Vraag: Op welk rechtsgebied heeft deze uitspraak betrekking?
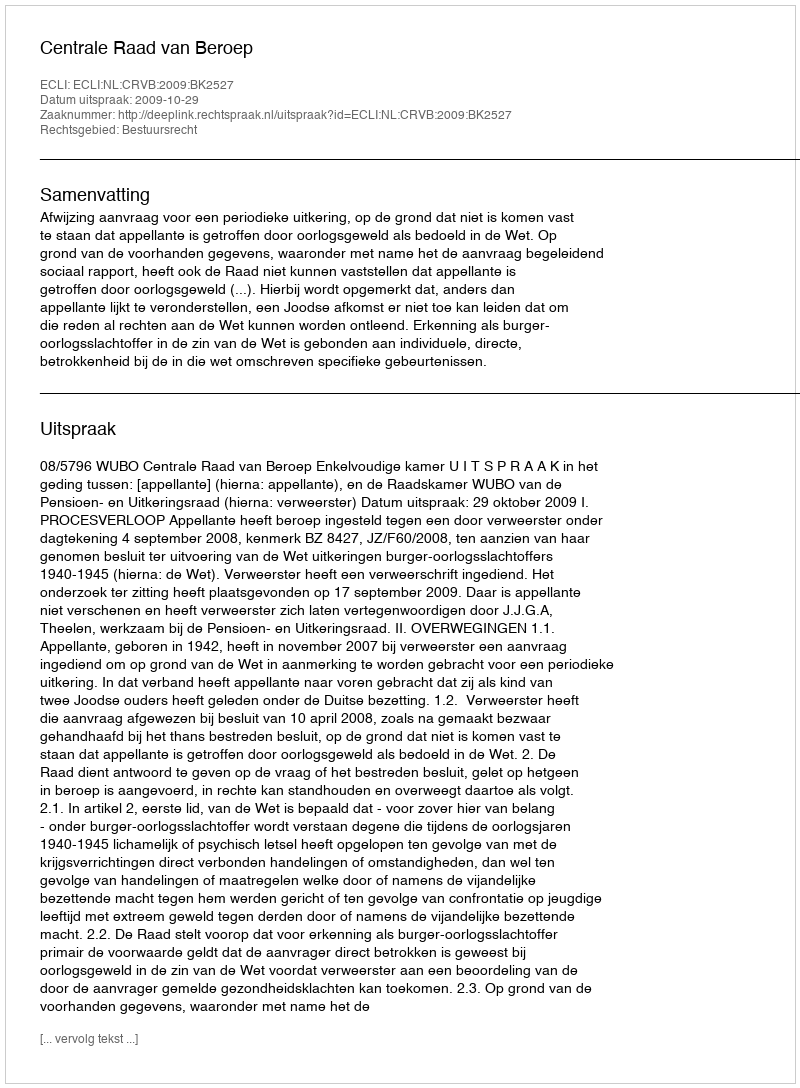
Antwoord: Bestuursrecht